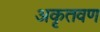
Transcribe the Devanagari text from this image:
अकृतवण